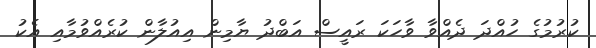
ކުރުމުގެ ހުއްދަ ދެއްވާ ވާހަކަ ރައީސް އަބްދު ޔާމިން އިއުލާން ކުރެއްވުމާއި އެކު